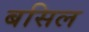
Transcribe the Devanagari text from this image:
बसिल